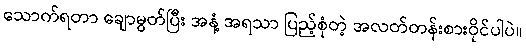
သောက်ရတာ ချောမွတ်ပြီး အနံ့ အရသာ ပြည့်စုံတဲ့ အလတ်တန်းစားဝိုင်ပါပဲ။